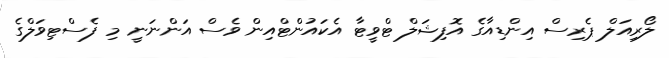
ލޯރިއަލް ޕެރިސް އިންޑިއާގެ އޮފިޝަލް ޓްވީޓާ އެކައުންޓްއިން ވެސް އަންނަނީ މި ފެސްޓިވަލްގެ